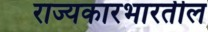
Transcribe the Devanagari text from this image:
राज्यकारभारतील